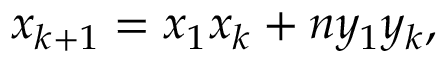
\displaystyle x _ { k + 1 } = x _ { 1 } x _ { k } + n y _ { 1 } y _ { k } ,